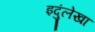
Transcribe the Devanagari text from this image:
इदुंलेखा